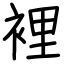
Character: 裡